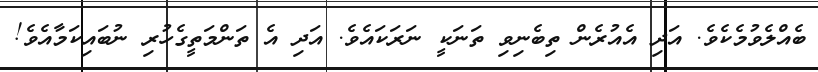
ބެއްލެވުމެކެވެ. އަދި އެއުރެން ތިބެނިވި ތަނަކީ ނަރަކައެވެ. އަދި އެ ތަންމަތީގެހުރި ނުބައިކަމާއެވެ!